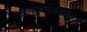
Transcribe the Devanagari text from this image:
अल्पकालिकचर्चा